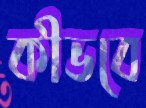
কীভবে